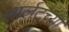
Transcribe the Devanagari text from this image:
शार्लटच्या